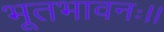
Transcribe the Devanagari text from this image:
भूतभावनः।।